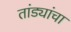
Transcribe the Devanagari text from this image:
तांड्यांचा